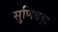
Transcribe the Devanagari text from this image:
सुणिबड़ा